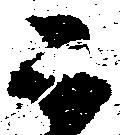
こ